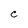
Character: C